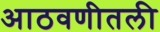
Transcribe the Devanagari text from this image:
आठवणीतली